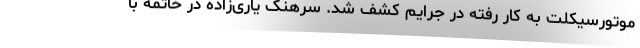
موتورسیکلت به کار رفته در جرایم کشف شد. سرهنگ یاری‌زاده در خاتمه با